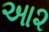
આ૨